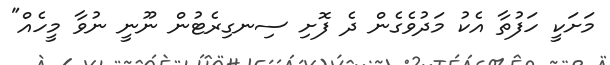
މަށަކީ ހަފުތާ އެކު މަދުވެގެން ދެ ފޮށި ސިނގިރެޓުން ނޫނީ ނުވާ މީހެއް"